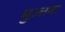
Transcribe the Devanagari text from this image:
मुज़्तबा